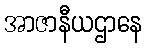
အာဇာနီယဌာနေ